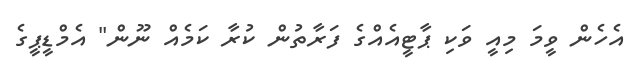
އެހެން ވީމަ މިއީ ވަކި ޕާޓީއެއްގެ ފަރާތުން ކުރާ ކަމެއް ނޫން" އެމްޑީޕީގެ